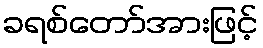
ခရစ်တော်အားဖြင့်